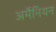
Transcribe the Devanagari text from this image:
अर्मेनियन